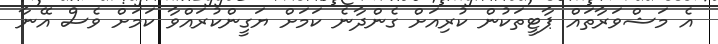
އެ މަޝްވަރާތައް ޕާޓީތަކުން ކުރިއަށް ގެންދާނެ ކަމަށް ޔަގީންކުރައްވާ ކަމަށް ވެސް އޭނާ